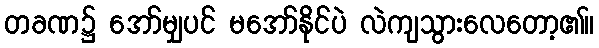
တခဏ၌ အော်မျှပင် မအော်နိုင်ပဲ လဲကျသွားလေတော့၏။